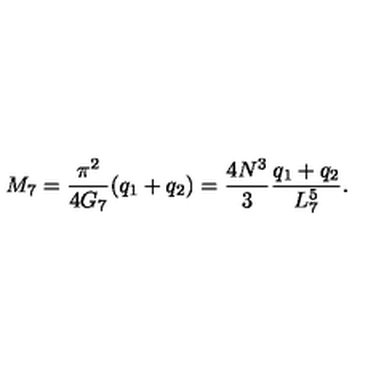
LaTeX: M _ { 7 } = \frac { \pi ^ { 2 } } { 4 G _ { 7 } } ( q _ { 1 } + q _ { 2 } ) = \frac { 4 N ^ { 3 } } { 3 } \frac { q _ { 1 } + q _ { 2 } } { L _ { 7 } ^ { 5 } } .